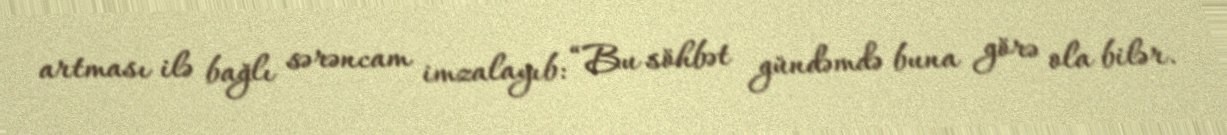
artması ilə bağlı sərəncam imzalayıb: “Bu söhbət gündəmdə buna görə ola bilər.